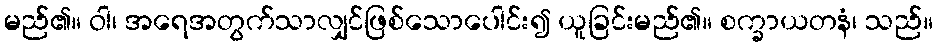
မည်၏။ ဝါ၊ အရေအတွက်သာလျှင်ဖြစ်သောပေါင်း၍ ယူခြင်းမည်၏။ စက္ခာယတနံ၊ သည်။